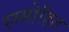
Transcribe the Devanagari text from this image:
स्म्मोहित